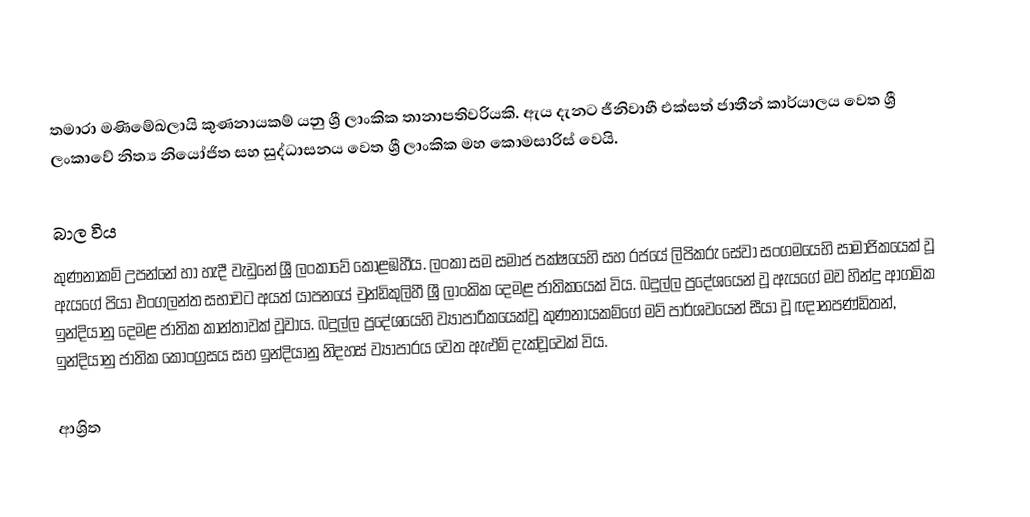
තමාරා මණිමේඛලායි කුණනායකම් යනු ශ්‍රී ලාංකික තානාපතිවරියකි. ඇය දැනට ජීනිවාහී එක්සත් ජාතීන් කාර්යාලය වෙත ශ්‍රී ලංකාවේ නිත්‍ය නියෝජිත සහ සුද්ධාසනය වෙත ශ්‍රී ලාංකික මහ කොමසාරිස් වෙයි.

බාල විය
කුණනාකම් උපන්නේ හා හැදී වැඩුනේ ශ්‍රී ලංකාවේ කොළඹහීය. ලංකා සම සමාජ පක්ෂයෙහි සහ රජයේ ලිපිකරු සේවා සංගමයෙහි සාමාජිකයෙක් වූ ඇයගේ පියා  එංගලන්ත සභාවට අයත් යාපනයේ  චුන්ඩිකුලිහී  ශ්‍රී ලාංකික දෙමළ ජාතිකයෙක් විය.  බදුල්ල ප්‍රදේශයෙන් වූ ඇයගේ මව හින්දු ආගමික ඉන්දියානු දෙමළ ජාතික කාන්තාවක් වූවාය. බදුල්ල ප්‍රදේශයෙහි ව්‍යාපාරිකයෙක්වූ කුණනායකම්ගේ මව් පාර්ශවයෙන් සීයා වූ ඥානපණ්ඩිතන්, ඉන්දියානු ජාතික කොංග්‍රසය සහ ඉන්දියානු නිදහස් ව්‍යාපාරය වෙත ඇළුම් දැක්වූවෙක් විය.

ආශ්‍රිත